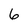
Character: 6